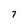
Character: 7